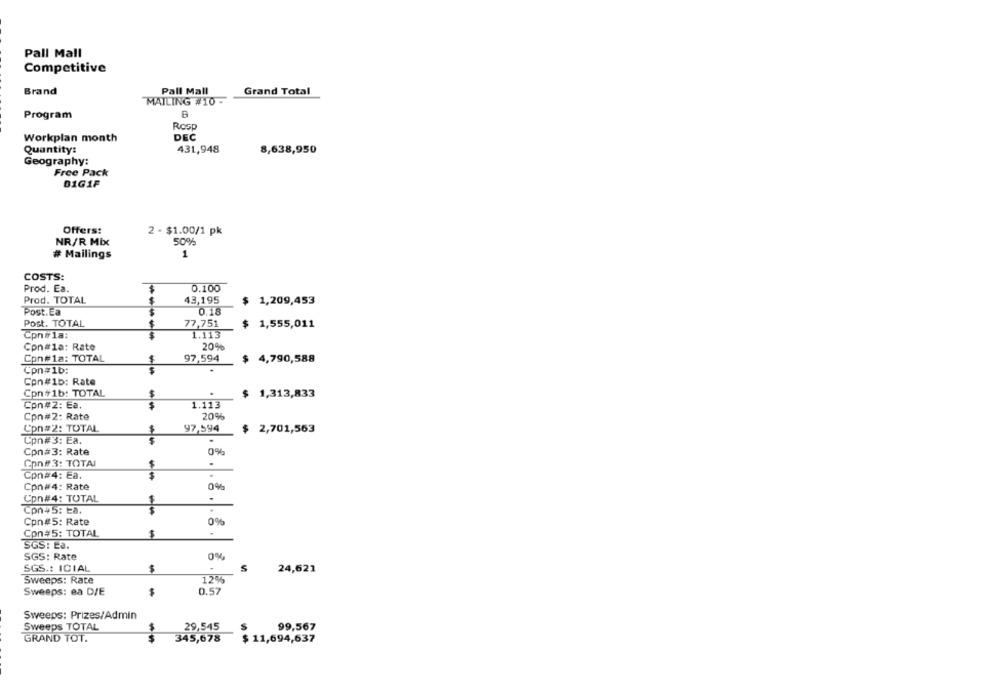
Pall Mall
Competitive
Pall Mall
Brand
Grand Total
MAILING #10 -
Program
Rosp
Workplan month
DEC
Quantity:
431,948
8,638,950
Geography:
Free Pack
01G1F
Offers:
2 - $1.00/1 pk
NR/R Mix
50%
# Mailings
1
COSTS:
Prod. Ea.
0.100
Prod. TOTAL
43,195
1,209,453
Post.Ea
0.18
Post. TOTAL
77,751
1,555,011
Cpn#1a:
1.113
20%
Con#1a: Rate
Con#1a: TOTAL
97,594
4,790,588
Cpn#1b:
$
Con#1b: Rate
Con #1b: TOTAL
1,313,833
Con#2: Ea.
1.113
20%
Con#2: Rate
Con#2: TOTAL
97,594
$ 2,701,563
Con#3: Ea.
Cpn#3: Rate
0%
Con# 3: TOTAI
.
$
Con#4: Ea.
$
.
Cpn#4: Rate
0%
Con#4: TOTAL
.
Con45: Ea.
Cpn#5: Rate
0%
Con#5: TOTAL
$
SGS: La.
SGS: Rate
0%
SGS .: ICIAL
.
24,621
Sweeps: Rate
12%
Sweeps: ea D/E
0.57
Sweeps: Prizes/Admin
Sweeps TOTAL
29,545
99,567
GRAND TOT.
345,678
$ 11,694,637